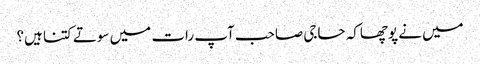
میں نے پوچھاکہ حاجی صاحب آپ رات میں سوتے کتنا ہیں؟